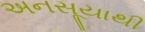
અનસૂયાથી